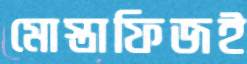
মোস্তাফিজই